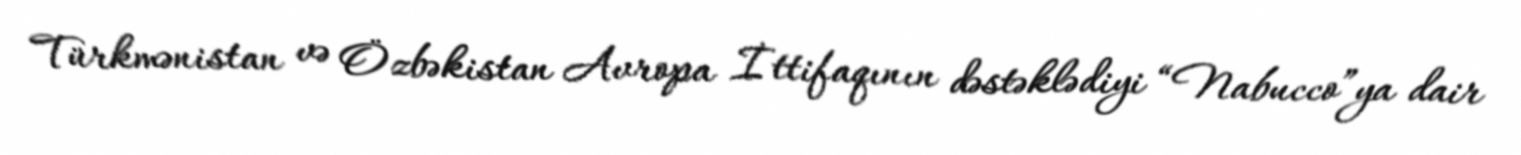
Türkmənistan və Özbəkistan Avropa İttifaqının dəstəklədiyi “Nabucco”ya dair